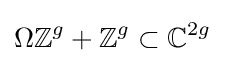
\Omega \mathbb {Z} ^{g}+\mathbb {Z} ^{g}\subset \mathbb {C} ^{2g}